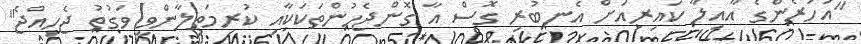
"އަހަރެންގެ އާއިލާ ކައިރިއަށް އެނބުރި ގޮސް އާ ގޮންޖެހުންތަކަކާއި ކުރިމަތިލާންވީ ވަގުތު ޖެހިއްޖެ"